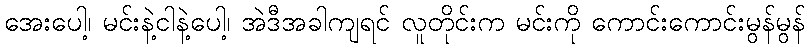
အေးပေါ့၊ မင်းနဲ့ငါနဲ့ပေါ့၊ အဲဒီအခါကျရင် လူတိုင်းက မင်းကို ကောင်းကောင်းမွန်မွန်